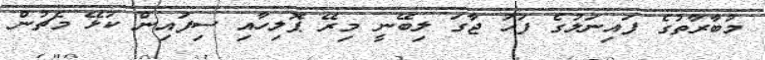
މުބާރާތުގެ ފައިނަލުގެ ފަހު ޖާގަ ލިބޭނީ މިރޭ ޕޮލިހާއި ސިފައިން ކުޅޭ މެޗުން